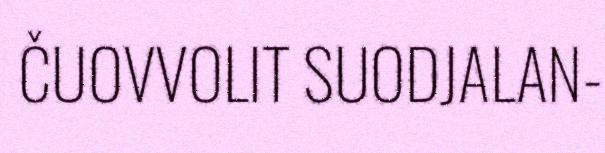
ČUOVVOLIT SUODJALAN-